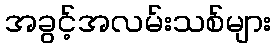
အခွင့်အလမ်းသစ်များ